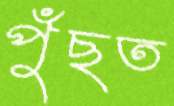
পুঁছত